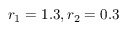
r _ { 1 } = 1 . 3 , r _ { 2 } = 0 . 3